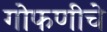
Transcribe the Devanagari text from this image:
गोफणीचे